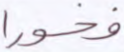
فخورا